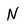
Character: N